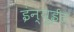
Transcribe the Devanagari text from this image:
इंन्युईट